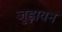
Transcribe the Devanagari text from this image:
जुड़ावन